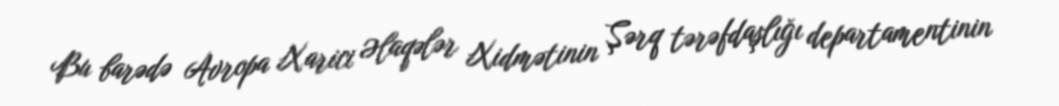
Bu barədə Avropa Xarici Əlaqələr Xidmətinin Şərq tərəfdaşlığı departamentinin